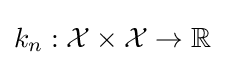
k_{n}:{\mathcal {X}}\times {\mathcal {X}}\rightarrow \mathbb {R}